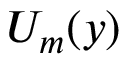
U _ { m } ( y )